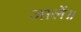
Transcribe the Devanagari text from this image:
जालें॥